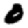
Digit: 0